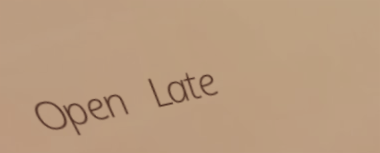
Open Late